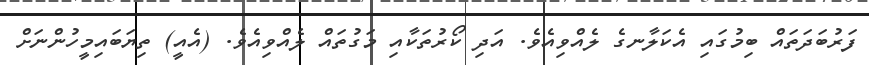
ފަރުބަދަތައް ބިމުގައި އެކަލާނގެ ލެއްވިއެވެ. އަދި ކޯރުތަކާއި މަގުތައް ލެއްވިއެވެ. (އެއީ) ތިޔަބައިމީހުންނަށް